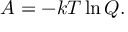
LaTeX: A = - k T \ln Q .